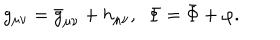
LaTeX: g _ { \mu \nu } = { \bar { g } } _ { \mu \nu } + h _ { \mu \nu } , ~ ~ \Phi = \bar { \Phi } + \varphi .